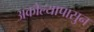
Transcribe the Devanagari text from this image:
अकोल्यापासुन